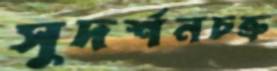
সুদর্শনচক্র